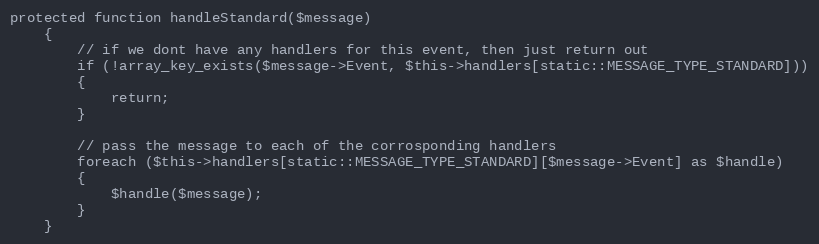
Language: PHP
protected function handleStandard($message)
	{
		// if we dont have any handlers for this event, then just return out
		if (!array_key_exists($message->Event, $this->handlers[static::MESSAGE_TYPE_STANDARD]))
		{
			return;
		}

		// pass the message to each of the corrosponding handlers
		foreach ($this->handlers[static::MESSAGE_TYPE_STANDARD][$message->Event] as $handle)
		{
			$handle($message);
		}
	}